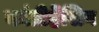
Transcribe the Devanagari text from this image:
कांप्रीहेंसिव